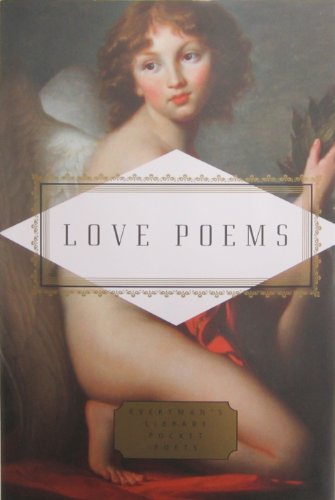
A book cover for Love Poems (Everyman's Library Pocket Poets); Sheila Kohler; Literature & Fiction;